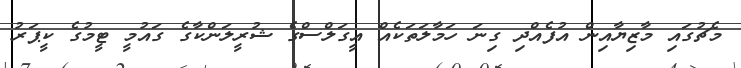
މެޗުގައި މާޒިޔާއިން އުފެއްދި ގިނަ ހަމާލަތަކެއް އީގަލްސްގެ ޝުރީލަންކާގެ ގައުމީ ޓީމުގެ ކީޕަރު